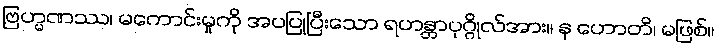
ဗြဟ္မဏဿ၊ မကောင်းမှုကို အပပြုပြီးသော ရဟန္တာပုဂ္ဂိုလ်အား။ န ဟောတိ၊ မဖြစ်။